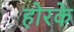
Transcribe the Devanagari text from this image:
होरके